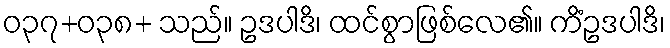
ဝ၃၇+ဝ၃၈+ သည်။ ဥဒပါဒိ၊ ထင်စွာဖြစ်လေ၏။ ကိံဥဒပါဒိ၊